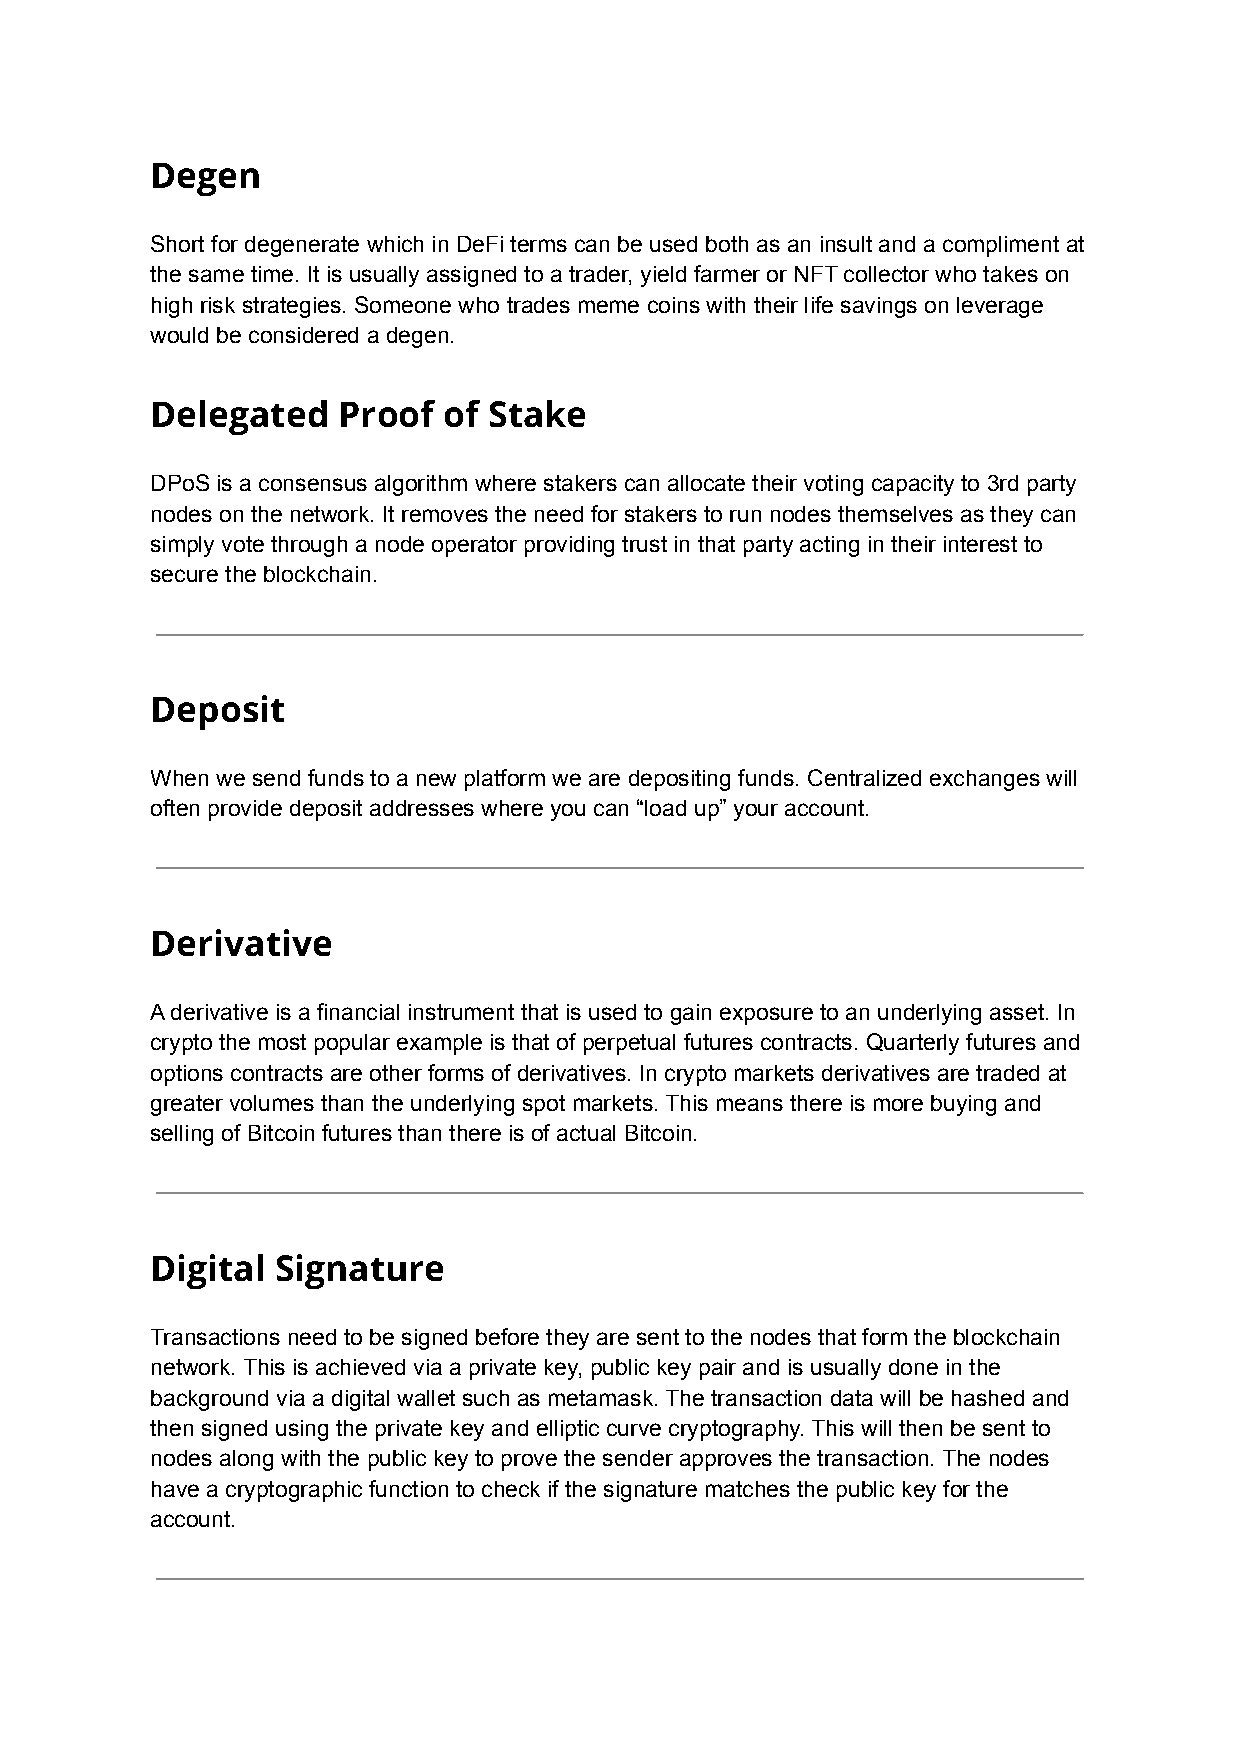
Degen
 Short for degenerate which in DeFi terms can be used both as an insult and a compliment at
 the same time. It is usually assigned to a trader, yield farmer or NFT collector who takes on
 high risk strategies. Someone who trades meme coins with their life savings on leverage
 would be considered a degen.
 Delegated   Proof  of Stake
 DPoS is a consensus algorithm where stakers can allocate their voting capacity to 3rd party
 nodes on the network. It removes the need for stakers to run nodes themselves as they can
 simply vote through a node operator providing trust in that party acting in their interest to
 secure the blockchain.
 Deposit
 When we send funds to a new platform we are depositing funds. Centralized exchanges will
 often provide deposit addresses where you can “load up” your account.
 Derivative
 A derivative is a financial instrument that is used to gain exposure to an underlying asset. In
 crypto the most popular example is that of perpetual futures contracts. Quarterly futures and
 options contracts are other forms of derivatives. In crypto markets derivatives are traded at
 greater volumes than the underlying spot markets. This means there is more buying and
 selling of Bitcoin futures than there is of actual Bitcoin.
 Digital Signature
 Transactions need to be signed before they are sent to the nodes that form the blockchain
 network. This is achieved via a private key, public key pair and is usually done in the
 background via a digital wallet such as metamask. The transaction data will be hashed and
 then signed using the private key and elliptic curve cryptography. This will then be sent to
 nodes along with the public key to prove the sender approves the transaction. The nodes
 have a cryptographic function to check if the signature matches the public key for the
 account.